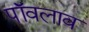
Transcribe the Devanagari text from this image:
पॉवलाव